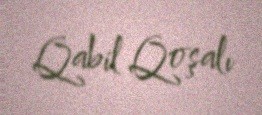
Qabil Qoşalı